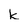
Character: k